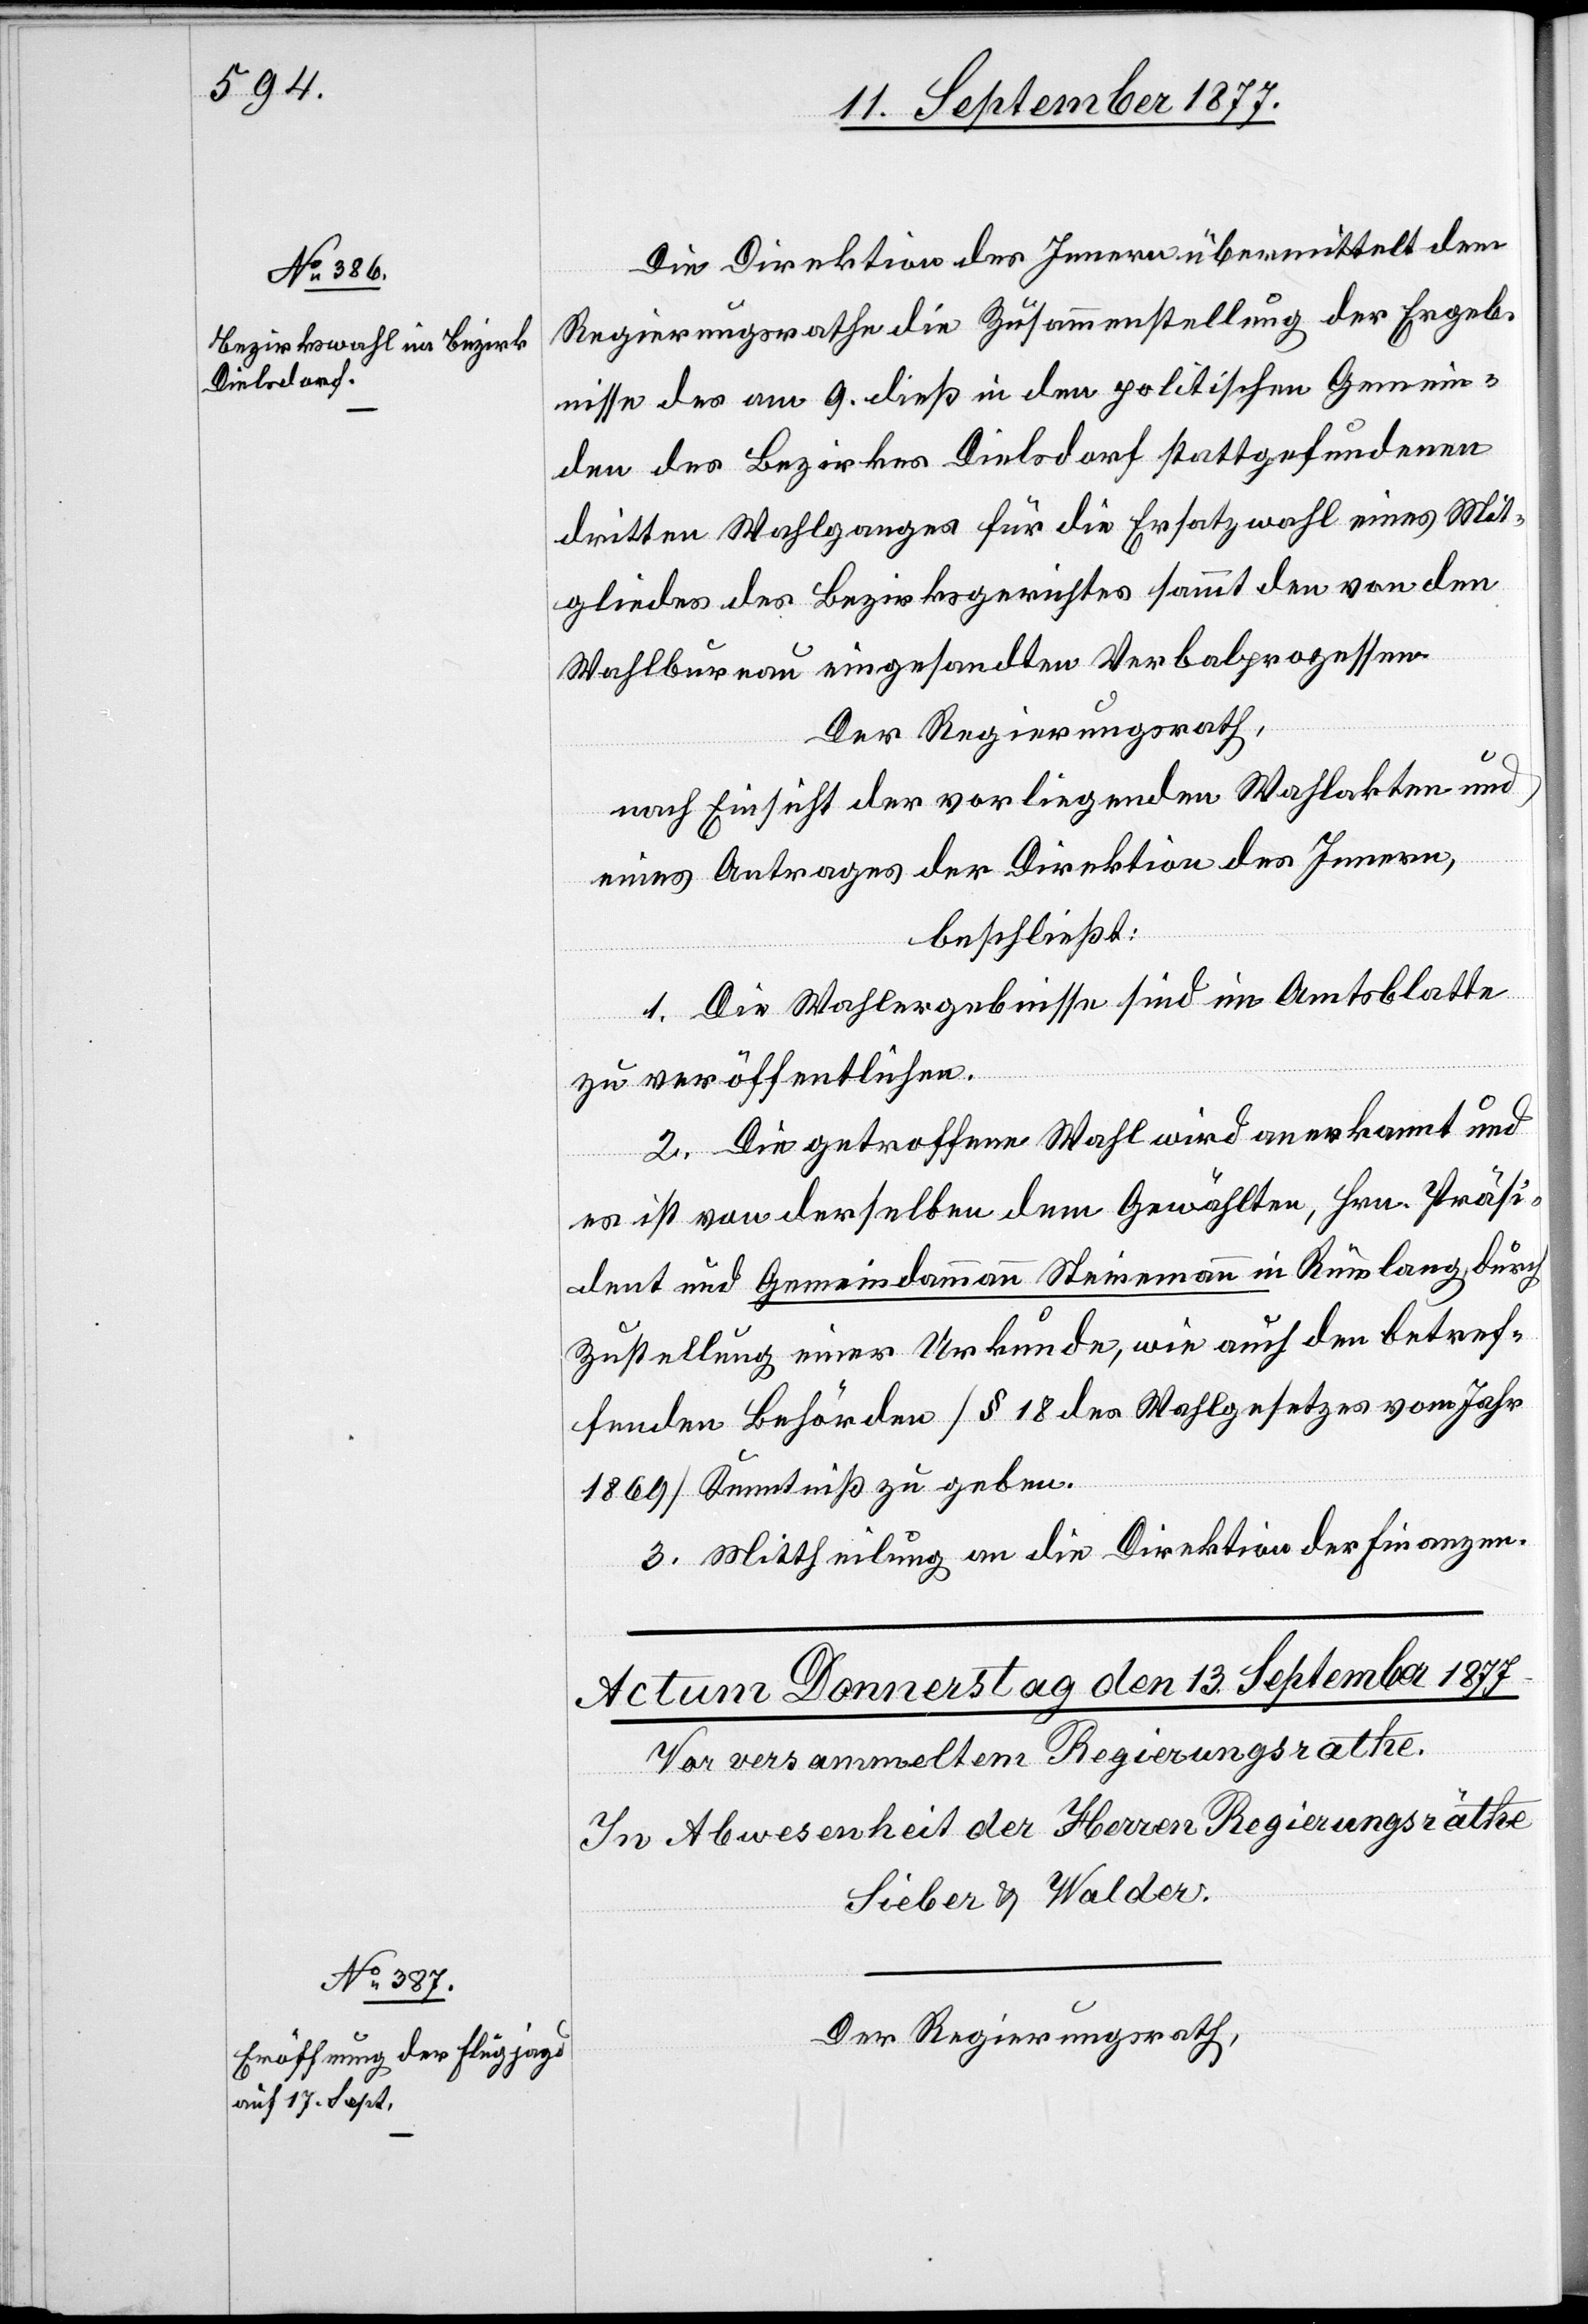
12. September 1877.]
Die Direktion des Innern übermittelt dem
Regierungsrathe die Zusammenstellung der Ergeb¬
nisse des am 9. dieß in den politischen Gemein¬
den des Bezirkes Dielsdorf stattgefundenen
dritten Wahlganges für die Ersatzwahl eines Mit¬
gliedes des Bezirksgerichtes sammt den von den
Wahlbureau eingesandten Verbalprozessen.
Der Regierungsrath,
nach Einsicht der vorliegenden Wahlakten und
eines Antrages der Direktion des Innern,
beschließt:
1. Die Wahlergebnisse sind im Amtsblatte
zu veröffentlichen.
2. Die getroffene Wahl wird anerkannt und
es ist von derselben dem Gewählten, Hrn. Präsi¬
dent und Gemeindammann Steinemann in Rümlang, durch
Zustellung einer Urkunde, wie auch den betref¬
fenden Behörden [§ 18 des Wahlgesetzes vom Jahr
1869] Kenntniß zu geben.
3. Mittheilung an die Direktion der Finanzen.
Der Regierungsrath,